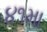
૪૧મા